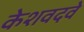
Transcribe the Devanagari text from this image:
केशवदवे